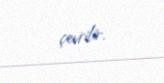
çevrilir.